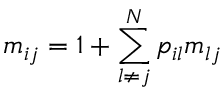
m _ { i j } = 1 + \sum _ { l \neq j } ^ { N } p _ { i l } m _ { l j }